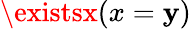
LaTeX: \existsx(x=\mathbf{y})